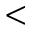
<